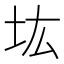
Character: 𡉞